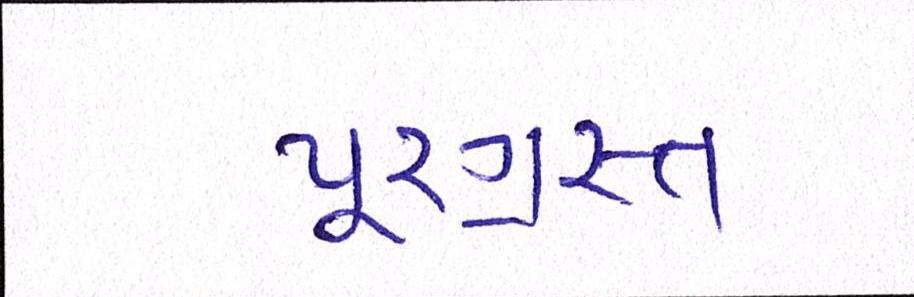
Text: પૂરગ્રસ્ત